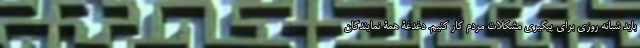
باید شبانه روزی برای پیگیری مشکلات مردم کار کنیم. دغدغۀ همۀ نمایندگان